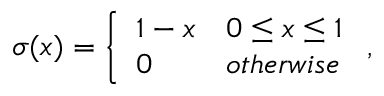
\sigma ( x ) = \left\{ \begin{array} { l l } { 1 - x } & { 0 \leq x \leq 1 } \\ { 0 } & { o t h e r w i s e } \end{array} \right. ,